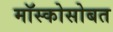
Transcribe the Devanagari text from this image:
मॉस्कोसोबत